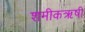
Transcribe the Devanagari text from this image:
शमीकऋषी